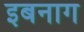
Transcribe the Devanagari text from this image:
इबनाग